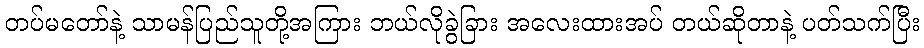
တပ်မတော်နဲ့ သာမန်ပြည်သူတို့အကြား ဘယ်လိုခွဲခြား အလေးထားအပ် တယ်ဆိုတာနဲ့ ပတ်သက်ပြီး